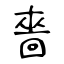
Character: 嗇